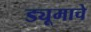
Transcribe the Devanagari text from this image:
ड्यूमाचे